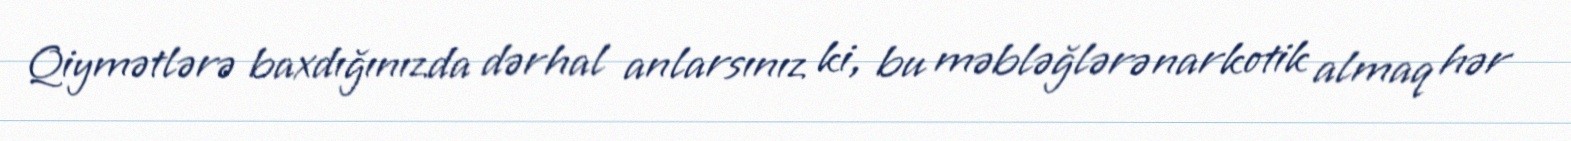
Qiymətlərə baxdığınızda dərhal anlarsınız ki, bu məbləğlərə narkotik almaq hər